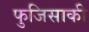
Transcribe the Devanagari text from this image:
फुजिसाकी